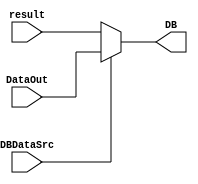
`timescale 1ns / 1ps
//////////////////////////////////////////////////////////////////////////////////
// Company: 
// Engineer: 
// 
// Design Name: 
// Module Name: DBDataSrcSelect
// Project Name: 
// Target Devices: 
// Tool Versions: 
// Description: 
// 
// Dependencies: 
// 
// Revision:
// Revision 0.01 - File Created
// Additional Comments:
// 
//////////////////////////////////////////////////////////////////////////////////


module DBDataSrcSelect(
    input [31:0]result,
    input [31:0]DataOut,
    input DBDataSrc,
    output reg[31:0]DB
    );
    always@(DBDataSrc or result or DataOut) begin
        if(DBDataSrc==0)
            DB<=result;
        else
            DB<=DataOut;
    end
endmodule